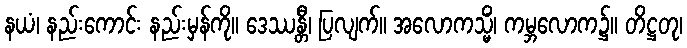
နယံ၊ နည်းကောင်း နည်းမှန်ကို။ ဒေဿန္တီ၊ ပြလျက်။ အလောကသ္မိံ၊ ကမ္ဘလောက၌။ တိဋ္ဌတု၊